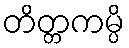
တိတ္တကမ္ပိ